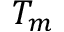
T _ { m }